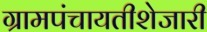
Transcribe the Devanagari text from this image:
ग्रामपंचायतीशेजारी